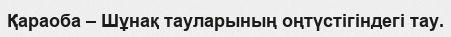
Қараоба – Шұнақ тауларының оңтүстігіндегі тау.